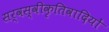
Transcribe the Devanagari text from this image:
सर्वस्वीकृतिवादियों